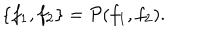
\{ f _ { 1 } , f _ { 2 } \} = { \cal P } ( f _ { 1 } , f _ { 2 } ) .